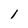
Character: 1